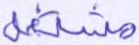
مشتغل